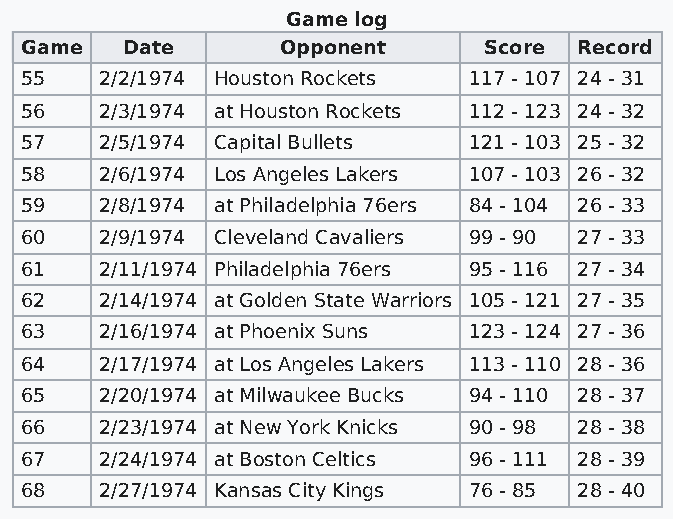
Game log
 Game   Date       Opponent     Score Record
 55    2/2/1974 Houston Rockets 117 - 107 24 - 31
 56    2/3/1974 at Houston Rockets 112 - 123 24 - 32
 57    2/5/1974 Capital Bullets 121 - 103 25 - 32
 58    2/6/1974 Los Angeles Lakers 107 - 103 26 - 32
 59    2/8/1974 at Philadelphia 76ers 84 - 104 26 - 33
 60    2/9/1974 Cleveland Cavaliers 99 - 90 27 - 33
 61    2/11/1974 Philadelphia 76ers 95 - 116 27 - 34
 62    2/14/1974 at Golden State Warriors 105 - 121 27 - 35
 63    2/16/1974 at Phoenix Suns 123 - 124 27 - 36
 64    2/17/1974 at Los Angeles Lakers 113 - 110 28 - 36
 65    2/20/1974 at Milwaukee Bucks 94 - 110 28 - 37
 66    2/23/1974 at New York Knicks 90 - 98 28 - 38
 67    2/24/1974 at Boston Celtics 96 - 111 28 - 39
 68    2/27/1974 Kansas City Kings 76 - 85 28 - 40